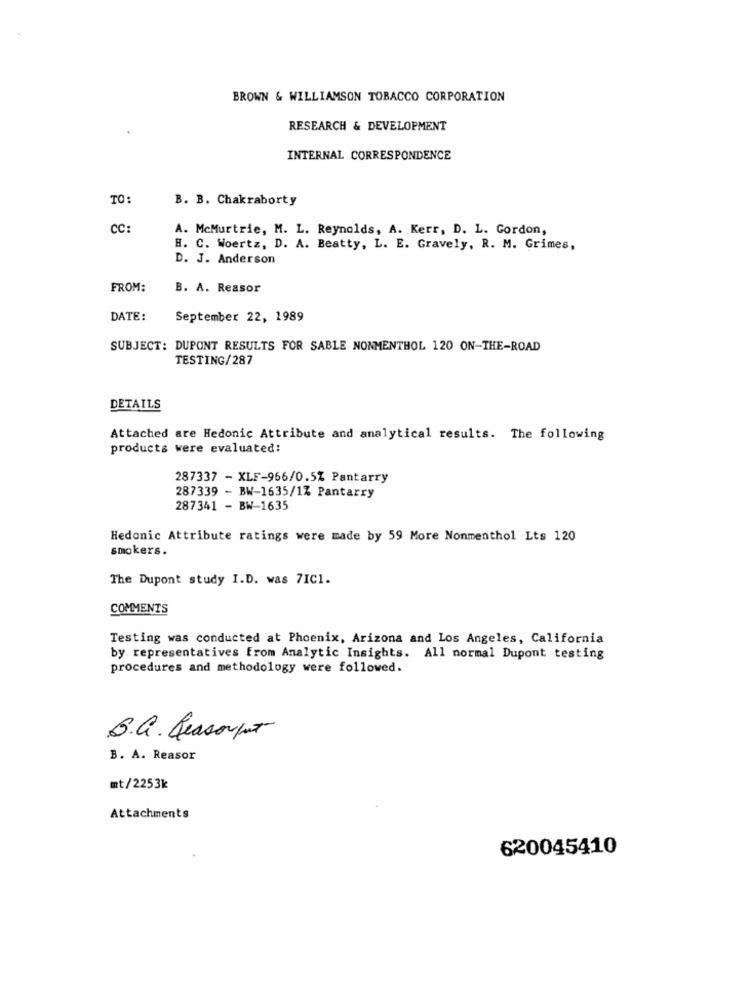
BROWN & WILLIAMSON TOBACCO CORPORATION
RESEARCH & DEVELOPMENT
INTERNAL CORRESPONDENCE
TO
B. B. Chakraborty
CC:
A. McMurtrie, M. L. Reynolds, A. Kerr, D. L. Gordon,
H. C. Woertz, D. A. Beatty, L. E. Gravely, R. M. Grimes,
D. J. Anderson
FROM:
B. A. Reasor
DATE:
September 22, 1989
SUBJECT: DUPONT RESULTS FOR SABLE NONMENTHOL 120 ON-THE-ROAD
TESTING/287
DETAILS
Attached are Hedonic Attribute and analytical results. The following
products were evaluated:
287337 - XLF-966/0.5% Pantarry
287339 - BW-1635/12 Pantarry
287341 - BW-1635
Hedonic Attribute ratings were made by 59 More Nonmenthol Lts 120
smokers.
The Dupont study I.D. was 71C1.
COMMENTS
Testing was conducted at Phoenix, Arizona and Los Angeles, California
by representatives from Analytic Insights. All normal Dupont testing
procedures and methodology were followed.
B.G . Ressorput
B. A. Reasor
mt/2253k
Attachments
620045410